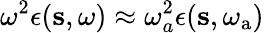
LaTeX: \omega^{2}\epsilon(\mathbf{s},\omega)\approx\omega_{a}^{2}\epsilon(\mathbf{s},\omega_{\mathrm{a}})